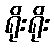
ရိုးရိုး